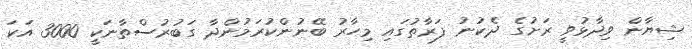
ޝިޔާން ވިދާޅުވީ ރަށުގެ ދެކުނު ފަރާތުގައި މިހާރު ބޭނުންކުރަމުންދާ ގަބުރުސްތާނަކީ 3000 އަކަ